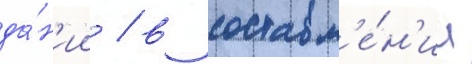
да́н'ии / в составл'е́н'ии